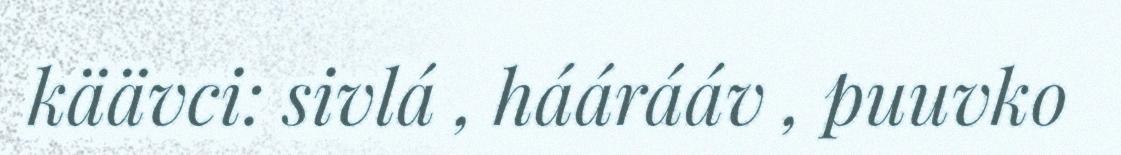
käävci: sivlá , háárááv , puuvko